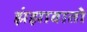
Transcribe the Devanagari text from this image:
झंझावातो